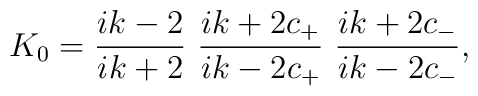
K_0=\frac{ik-2}{ ik+2}\ \frac{ik+2c_+}{ik-2c_+}\ \frac{ik+2c_-}{ik-2c_-},